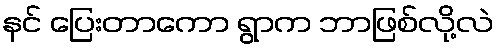
နင် ပြေးတာကော ရွာက ဘာဖြစ်လို့လဲ